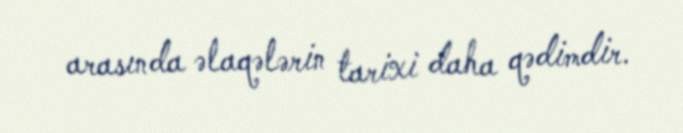
arasında əlaqələrin tarixi daha qədimdir.